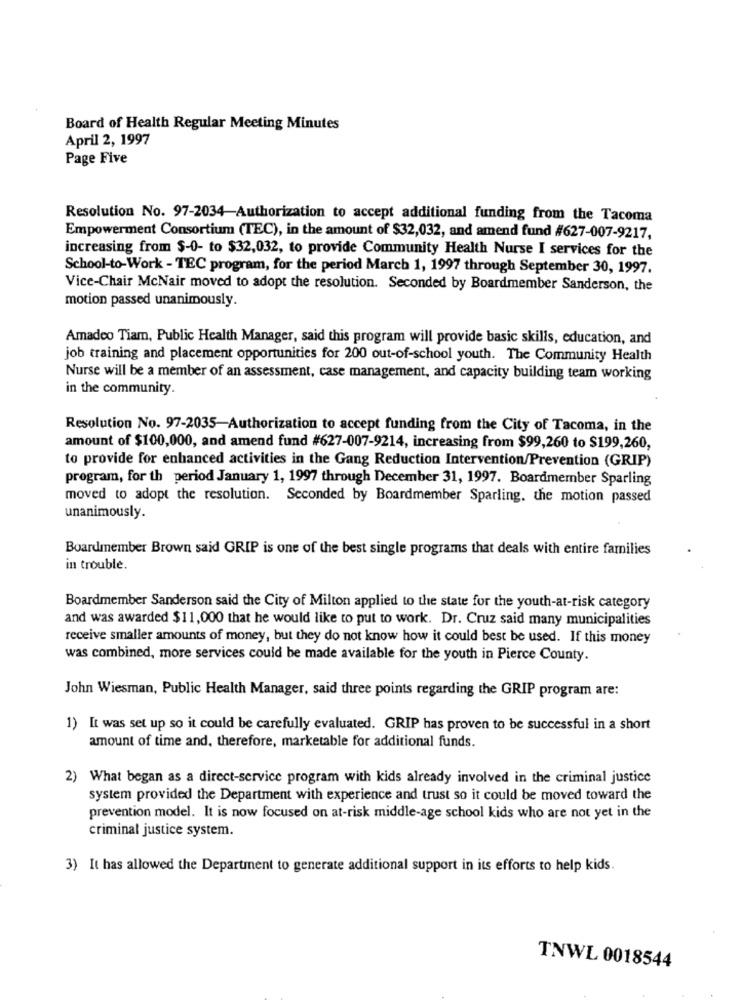
Board of Health Regular Meeting Minutes
April 2, 1997
Page Five
Resolution No. 97-2034-Authorization to accept additional funding from the Tacoma
Empowerment Consortium (TEC), in the amount of $32,032, and amend fund #627-007-9217,
increasing from $-0- to $32,032, to provide Community Health Nurse I services for the
School-to-Work - TEC program, for the period March 1, 1997 through September 30, 1997.
Vice-Chair McNair moved to adopt the resolution. Seconded by Boardmember Sanderson, the
motion passed unanimously.
Amadeo Tiam, Public Health Manager, said this program will provide basic skills, education, and
job training and placement opportunities for 200 out-of-school youth. The Community Health
Nurse will be a member of an assessment, case management, and capacity building team working
in the community.
Resolution No. 97-2035-Authorization to accept funding from the City of Tacoma, in the
amount of $100,000, and amend fund #627-007-9214, increasing from $99,260 to $199,260,
to provide for enhanced activities in the Gang Reduction Intervention/Prevention (GRIP)
program, for th period January 1, 1997 through December 31, 1997. Boardmember Sparling
moved to adopt the resolution. Seconded by Boardmember Sparling, the motion passed
unanimously.
Boardmember Brown said GRIP is one of the best single programs that deals with entire families
in trouble.
Boardmember Sanderson said the City of Milton applied to the state for the youth-at-risk category
and was awarded $11,000 that he would like to put to work. Dr. Cruz said many municipalities
receive smaller amounts of money, but they do not know how it could best be used. If this money
was combined, more services could be made available for the youth in Pierce County.
John Wiesman, Public Health Manager, said three points regarding the GRIP program are:
1) It was set up so it could be carefully evaluated. GRIP has proven to be successful in a short
amount of time and, therefore, marketable for additional funds.
2) What began as a direct-service program with kids already involved in the criminal justice
system provided the Department with experience and trust so it could be moved toward the
prevention model. It is now focused on at-risk middle-age school kids who are not yet in the
criminal justice system.
3) It has allowed the Department to generate additional support in its efforts to help kids.
TNWL 0018544